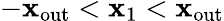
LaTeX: -\mathbf{x}_{\mathrm{{out}}}<\mathbf{x}_{1}<\mathbf{x}_{\mathrm{{out}}}